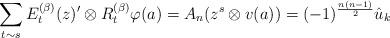
LaTeX: \begin{align*}\sum_{t \sim s} E_t^{(\beta)}(z)'\otimes R_t^{(\beta)}\varphi(a) = A_n( z^s \otimes v(a) ) = (-1)^{\frac{n(n-1)}{2}} \hat{u}_k \end{align*}